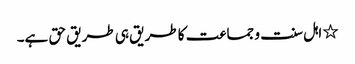
٭ اہل سنت و جماعت کا طریق ہی طریق حق ہے۔